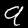
Label: 9